Scientific memoirs by medical officers of the Army of India - Part XII,
Year: 1901
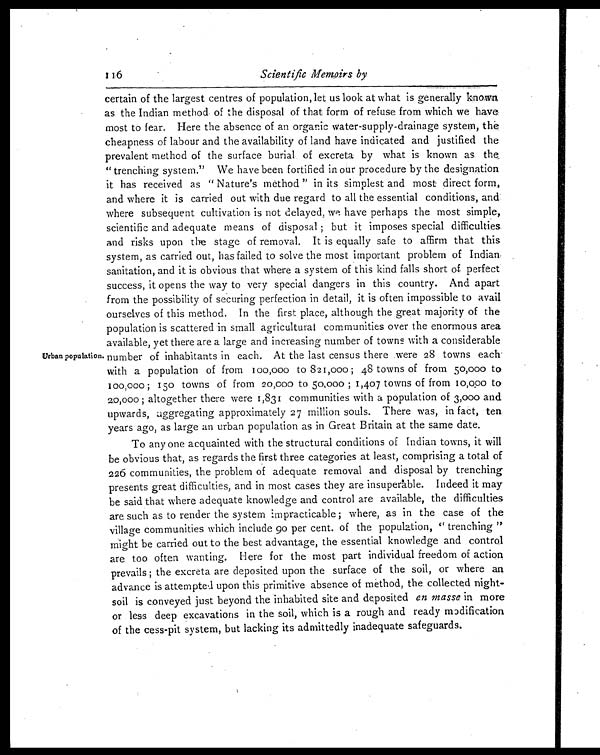
116
Scientific Memoirs by
Urban population.
certain of the largest centres of population, let us look at what is generally known
as the Indian method of the disposal of that form of refuse from which we have
most to fear. Here the absence of an organic water-supply-drainage system, the
cheapness of labour and the availability of land have indicated and justified the
prevalent method of the surface burial of excreta by what is known as the
" trenching system." We have been fortified in our procedure by the designation
it has received as " Nature's method " in its simplest and most direct form,
and where it is carried out with due regard to all the essential conditions, and
where subsequent cultivation is not delayed, we have perhaps the most simple,
scientific and adequate means of disposal; but it imposes special difficulties
and risks upon the stage of removal. It is equally safe to affirm that this
system, as carried out, has failed to solve the most important problem of Indian,
sanitation, and it is obvious that where a system of this kind falls short of perfect
success, it opens the way to very special dangers in this country. And apart
from the possibility of securing perfection in detail, it is often impossible to avail
ourselves of this method. In the first place, although the great majority of the
population is scattered in small agricultural communities over the enormous area
available, yet there are a large and increasing number of towns with a considerable
number of inhabitants in each. At the last census there were 28 towns each
with a population of from 100,000 to 821,000; 48 towns of from 50,000 to
100,000; 150 towns of from 20,000 to 50,000; 1,407 towns of from 10,000 to
20,000; altogether there were 1,831 communities with a population of 3,000 and
upwards, aggregating approximately 27 million souls. There was, in fact, ten
years ago, as large an urban population as in Great Britain at the same date.
To any one acquainted with the structural conditions of Indian towns, it will
be obvious that, as regards the first three categories at least, comprising a total of
226 communities, the problem of adequate removal and disposal by trenching
presents great difficulties, and in most cases they are insuperable. Indeed it may
be said that where adequate knowledge and control are available, the difficulties
are such as to render the system impracticable; where, as in the case of the
village communities which include go per cent. of the population, " trenching "
might be carried out to the best advantage, the essential knowledge and control
are too often wanting. Here for the most part individual freedom of action
prevails; the excreta are deposited upon the surface of the soil, or where an
advance is attempted upon this primitive absence of method, the collected night-
soil is conveyed just beyond the inhabited site and deposited en masse in more
or less deep excavations in the soil, which is a rough and ready modification
of the cess-pit system, but lacking its admittedly inadequate safeguards.